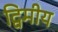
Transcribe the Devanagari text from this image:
द्विमीय